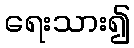
ရေးသား၍